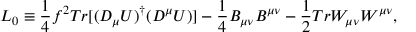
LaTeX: { \cal L } _ { 0 } \equiv \frac { 1 } { 4 } f ^ { 2 } T r [ ( D _ { \mu } U ) ^ { \dag } ( D ^ { \mu } U ) ] - \frac { 1 } { 4 } B _ { \mu \nu } B ^ { \mu \nu } - \frac { 1 } { 2 } T r W _ { \mu \nu } W ^ { \mu \nu } ,